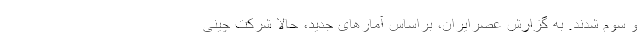
و سوم شدند. به گزارش عصرایران، براساس آمارهای جدید، حالا شرکت چینی